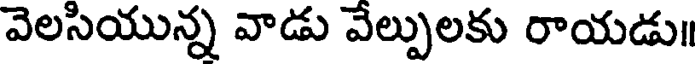
వెలసియున్న వాడు వేల్పులకు రాయడు